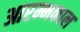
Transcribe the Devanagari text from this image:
आरम्भकाल